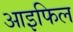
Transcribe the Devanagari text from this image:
आइफिल